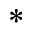
^ *